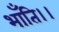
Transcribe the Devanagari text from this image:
भाँति।।